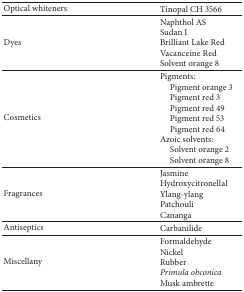
| Optical whiteners | Tinopal CH 3566 |
 | --- | --- |
 | Dyes | Naphthol ASSudan IBrilliant Lake RedVacanceine RedSolvent orange 8 |
 | Cosmetics | Pigments: Pigment orange 3Pigment red 3 Pigment red 49 Pigment red 53 Pigment red 64Azoic solvents:Solvent orange 2 Solvent orange 8 |
 | Fragrances | JasmineHydroxycitronellalYlang-ylangPatchouliCananga |
 | Antiseptics | Carbanilide |
 | Miscellany | FormaldehydeNickelRubberPrimula obconicaMusk ambrette |